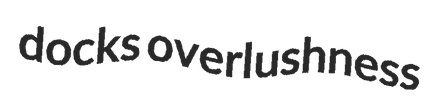
docks overlushness